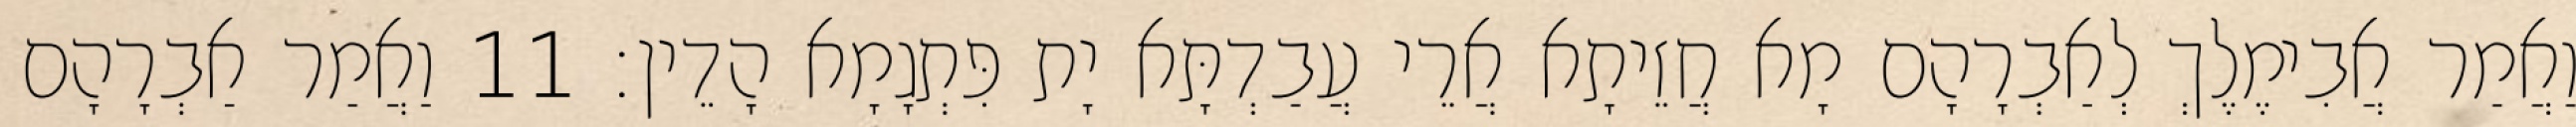
וַאֲמַר אֲבִימֶלֶךְ לְאַבְרָהָם מָא חֲזֵיתָא אֲרֵי עֲבַדְתָּא יָת פִּתְגָמָא הָדֵין׃ 11 וַאֲמַר אַבְרָהָם